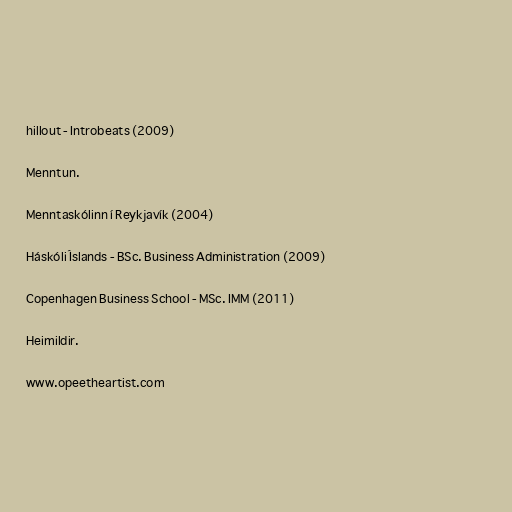
hillout - Introbeats (2009)

Menntun.

Menntaskólinn í Reykjavík (2004)

Háskóli Íslands - BSc. Business Administration (2009)

Copenhagen Business School - MSc. IMM (2011)

Heimildir.

www.opeetheartist.com